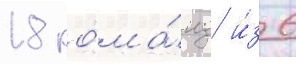
18 кома́нд и́з 6